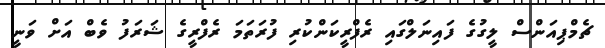
ޗެމްޕިއަންސް ލީގުގެ ފައިނަލްގައި ރެފްރީކަންކުރި ފުރަތަމަ ރެފްރީގެ ޝަރަފު ވެބް އަށް ވަނީ